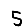
Digit: 5